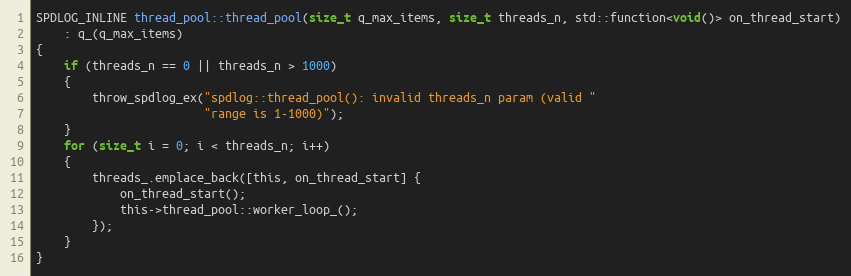
Language: C
SPDLOG_INLINE thread_pool::thread_pool(size_t q_max_items, size_t threads_n, std::function<void()> on_thread_start)
    : q_(q_max_items)
{
    if (threads_n == 0 || threads_n > 1000)
    {
        throw_spdlog_ex("spdlog::thread_pool(): invalid threads_n param (valid "
                        "range is 1-1000)");
    }
    for (size_t i = 0; i < threads_n; i++)
    {
        threads_.emplace_back([this, on_thread_start] {
            on_thread_start();
            this->thread_pool::worker_loop_();
        });
    }
}